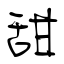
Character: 甜